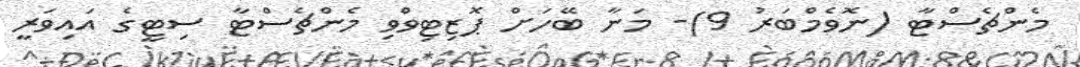
މެންޗެސްޓާ (ނޮވެމްބަރު 9)- މަނާ ބޭހަށް ޕޮޒިޓިވްވި މެންޗެސްޓާ ސިޓީގެ އައިވަރީ